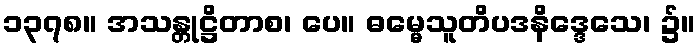
၁၃၇၈။ အသန္တုဋ္ဌိတာစ၊ ပေ။ ဓမ္မေသူတိပဒနိဒ္ဒေသေ၊ ၌။